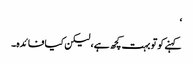
‘
کہنے کوتو بہت کچھ ہے، لیکن کیا فائدہ۔